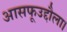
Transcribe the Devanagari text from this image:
आसफूउद्दौला।